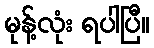
မုန့်လုံး ရပါပြီ။